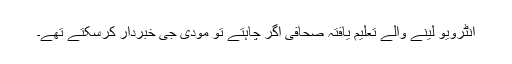
انٹرویو لینے والے تعلیم یافتہ صحافی اگر چاہتے تو مودی جی خبردار کرسکتے تھے۔